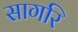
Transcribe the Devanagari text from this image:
सागरि